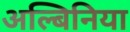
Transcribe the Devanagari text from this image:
अल्बिनिया